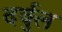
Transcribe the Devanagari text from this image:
दर्बुल